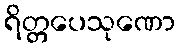
ရိတ္တပေသုဏော